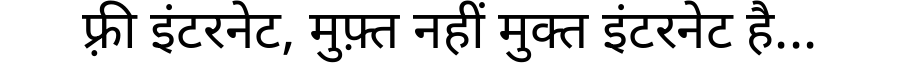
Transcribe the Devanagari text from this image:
फ़्री इंटरनेट, मुफ़्त नहीं मुक्त इंटरनेट है...